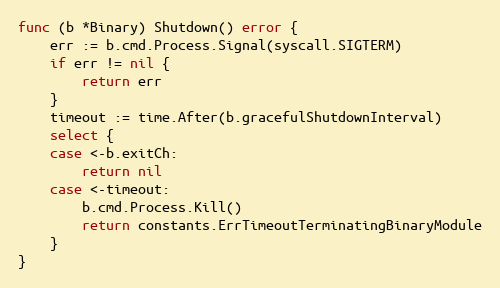
Language: Go
func (b *Binary) Shutdown() error {
	err := b.cmd.Process.Signal(syscall.SIGTERM)
	if err != nil {
		return err
	}
	timeout := time.After(b.gracefulShutdownInterval)
	select {
	case <-b.exitCh:
		return nil
	case <-timeout:
		b.cmd.Process.Kill()
		return constants.ErrTimeoutTerminatingBinaryModule
	}
}